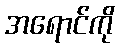
အရောင်ကို